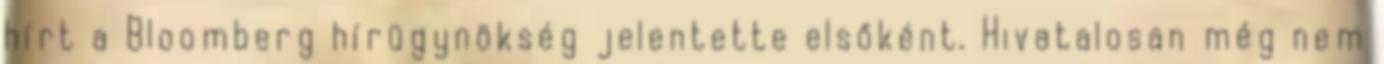
hírt a Bloomberg hírügynökség jelentette elsőként. Hivatalosan még nem